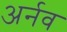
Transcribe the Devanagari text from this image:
अर्नव